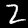
Digit: 2